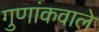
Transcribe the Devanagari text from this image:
गुणांकवाले